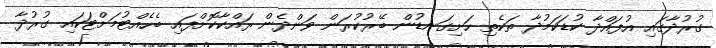
ގުރުދާގައި އުފައްދާ ކުޑަކަމުދާ ތަކެތި ހަށިގަނޑުން ބޭރުކުރަން ވަންދެން ރައްކާކޮށްފައި ބެހެއްޓުމަށްޓަކައި ގުރުދާ